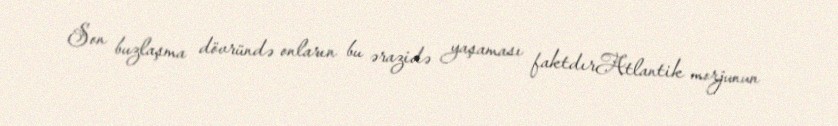
Son buzlaşma dövründə onların bu ərazidə yaşaması faktdırAtlantik morjunun